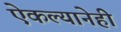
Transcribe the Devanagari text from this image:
ऐकल्यानेही